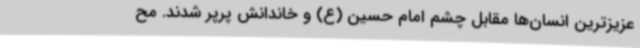
عزیزترین انسان‌ها مقابل چشم امام حسین (ع) و خاندانش پرپر شدند. مح